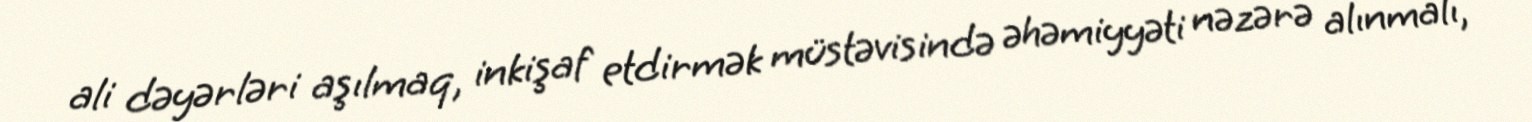
ali dəyərləri aşılmaq, inkişaf etdirmək müstəvisində əhəmiyyəti nəzərə alınmalı,